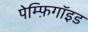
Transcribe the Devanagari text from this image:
पेम्फ़िगॉइड